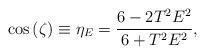
LaTeX: \begin{align*}\cos \left( \zeta \right) \equiv \eta _E=\frac{6-2T^2E^2}{6+T^2E^2},\end{align*}